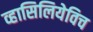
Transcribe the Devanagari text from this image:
व्हासिलियेविच